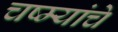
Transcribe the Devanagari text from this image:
चष्म्यांचे